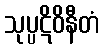
သုပ္ပဋိဝိနီတံ